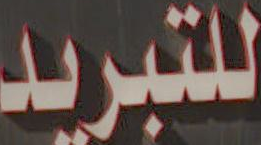
للتبريد